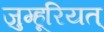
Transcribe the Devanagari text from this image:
जुम्हूरियत्